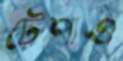
টেপাও